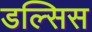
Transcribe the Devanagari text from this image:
डल्सिस